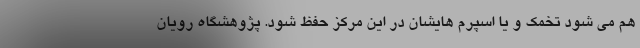
هم می شود تخمک و یا اسپرم هایشان در این مرکز حفظ شود. پژوهشگاه رویان